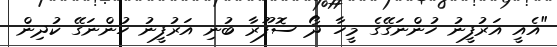
"އެއީ އަރުފީނު ހުންނަގޭގެ މީހާ ދޯ ސޮފޫރާ ބުނި އަރުފީނު ހުންނަގޭ ކުދިން